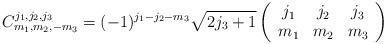
LaTeX: \begin{align*}C_{m_{1},m_{2},-m_{3}}^{j_{1},j_{2},j_{3}}=(-1)^{j_{1}-j_{2}-m_{3}}\sqrt{2j_{3}+1}\left(\begin{array}[c]{ccc}j_{1} & j_{2} & j_{3}\\m_{1} & m_{2} & m_{3}\end{array}\right) \end{align*}